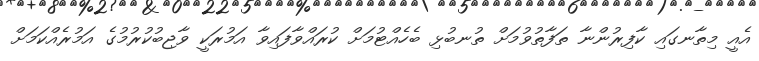
އެއީ މިތާނގައި ކާފިރުންނާ ތަފާތުވުމަށް ތުނބުޅި ބެހެއްޓުމަށް ކުރައްވާފައިވާ އަމުރަކީ ވާޖިބުކުރުމުގެ އަމުރެއްކަމަށް